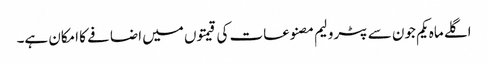
اگلے ماہ یکم جون سے پٹرولیم مصنوعات کی قیمتوں میں اضافے کا امکان ہے۔